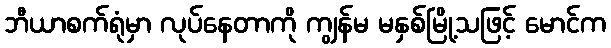
ဘီယာစက်ရုံမှာ လုပ်နေတာကို ကျွန်မ မနှစ်မြို့သဖြင့် မောင်က